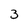
Character: 3